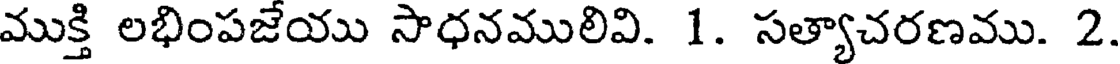
ముక్తి లభింపజేయు సాధనములివి. 1. సత్యాచరణము. 2.